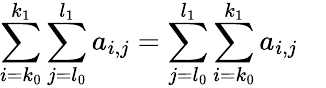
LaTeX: \sum_{i=k_{0}}^{k_{1}}\sum_{j=l_{0}}^{l_{1}}a_{i,j}=\sum_{j=l_{0}}^{l_{1}}\sum_{i=k_{0}}^{k_{1}}a_{i,j}\quad